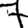
Digit: 7